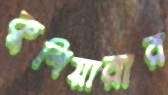
কুশিয়ারার